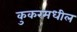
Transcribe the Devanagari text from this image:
कुकरमधील